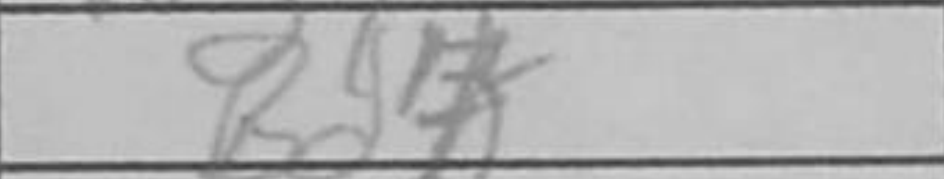
Transcription: Bd7